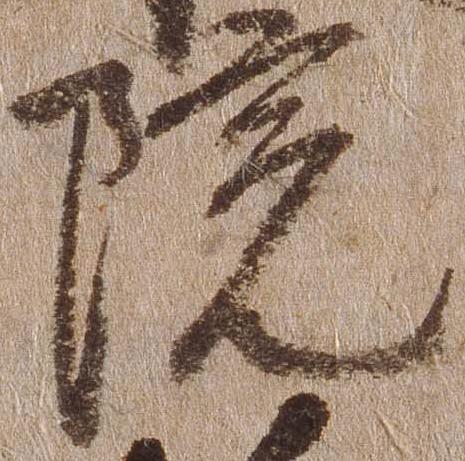
院